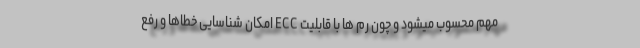
مهم محسوب میشود و چون رم ها با قابلیت ECC امکان شناسایی خطاها و رفع